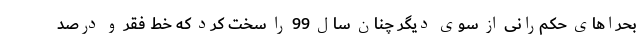
بحرا‌های حکم‌رانی از سوی دیگر چنان سال 99 را سخت کرد که خط فقر و درصد